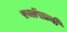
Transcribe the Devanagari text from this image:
रजॉखानी